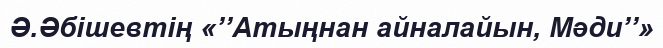
Ә.Әбішевтің «’’Атыңнан айналайын, Мәди’’»